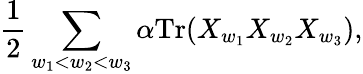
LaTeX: {\frac{1}{2}}\sum_{w_{1}<w_{2}<w_{3}}\alpha\mathrm{Tr}(X_{w_{1}}X_{w_{2}}X_{w_{3}}),